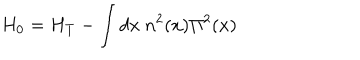
LaTeX: H _ { 0 } = H _ { T } - \int d x ~ n ^ { 2 } ( x ) \Pi ^ { 2 } ( x )